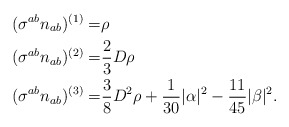
\begin{align*}(\sigma^{ab} n_{ab})^{(1)}=&\rho \\(\sigma^{ab} n_{ab})^{(2)}=&\frac{2}{3}D\rho\\(\sigma^{ab} n_{ab})^{(3)}=& \frac{3}{8}D^2\rho+\frac{1}{30}|\alpha|^2- \frac{11}{45}|\beta|^2 .\end{align*}